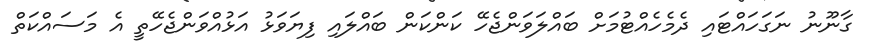
ގާނޫނު ނަގަހައްޓައި ދެމެހެއްޓުމަށް ބައްލަވަންޖެހޭ ކަންކަން ބައްލައި ފިޔަވަޅު އަޅުއްވަންޖެހޭތީ އެ މަސައްކަތް